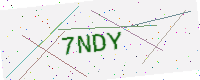
Text: 7NDY